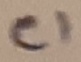
Text: C1